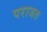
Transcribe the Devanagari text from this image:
पराजत